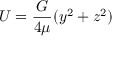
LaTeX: U = { \frac { G } { 4 \mu } } ( y ^ { 2 } + z ^ { 2 } )